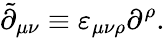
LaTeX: \tilde{\partial}_{\mu\nu}\equiv\varepsilon_{\mu\nu\rho}\partial^{\rho}.